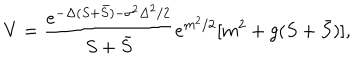
V = \frac { e ^ { - \Delta ( S + \bar { S } ) - \sigma ^ { 2 } \Delta ^ { 2 } / 2 } } { S + \bar { S } } e ^ { m ^ { 2 } / 2 } [ m ^ { 2 } + g ( S + \bar { S } ) ] ,